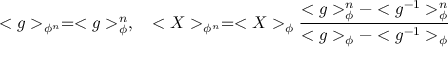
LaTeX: < g > _ { \phi ^ { n } } = < g > _ { \phi } ^ { n } , \quad < X > _ { \phi ^ { n } } = < X > _ { \phi } { \frac { < g > _ { \phi } ^ { n } - < g ^ { - 1 } > _ { \phi } ^ { n } } { < g > _ { \phi } - < g ^ { - 1 } > _ { \phi } } }